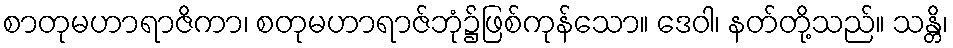
စာတုမဟာရာဇိကာ၊ စတုမဟာရာဇ်ဘုံ၌ဖြစ်ကုန်သော။ ဒေဝါ၊ နတ်တို့သည်။ သန္တိ၊